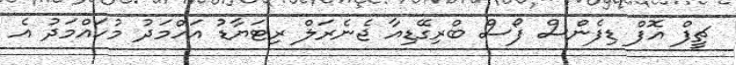
ޗީފް އޮފް ޑިފެންސް ފޯސް ބްރިގޭޑިއާ ޖެނެރަލް ރިޓަޔާޑު އަހްމަދު މުހައްމަދު އެ